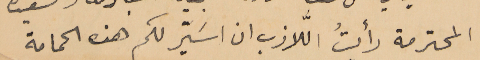
المحترمة رأيتُ الَّلازب ان اسَيّر لكم هذه الحمامة